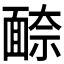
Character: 𩈫